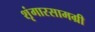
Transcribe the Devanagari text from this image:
शृंगारसामग्री